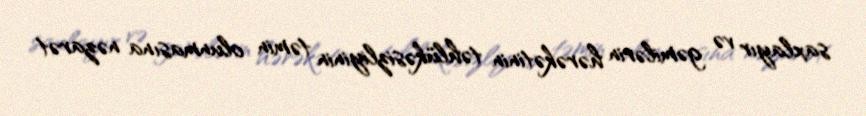
saxlayır və gəmilərin hərəkətinin təhlükəsizliyinin təmin olunmasına nəzarət